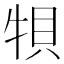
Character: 㸽